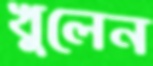
খুলেন